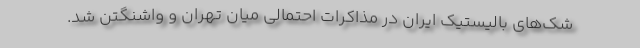
شک‌های بالیستیک ایران در مذاکرات احتمالی میان تهران و واشنگتن شد.